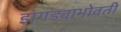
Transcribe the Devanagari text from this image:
झगड्याभोवती